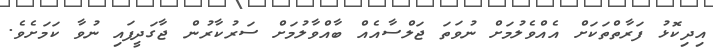
އިދިކޮޅު ފަރާތްތަކަށް އެއްވެލުމަށް ނުވަތަ ޖަލްސާއެއް ބާއްވާލުމަށް ސަރުކާރުން ޖާގަދީފައި ނުވާ ކަމަށެވެ.